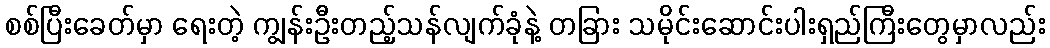
စစ်ပြီးခေတ်မှာ ရေးတဲ့ ကျွန်းဦးတည့်သန်လျက်ခုံနဲ့ တခြား သမိုင်းဆောင်းပါးရှည်ကြီးတွေမှာလည်း